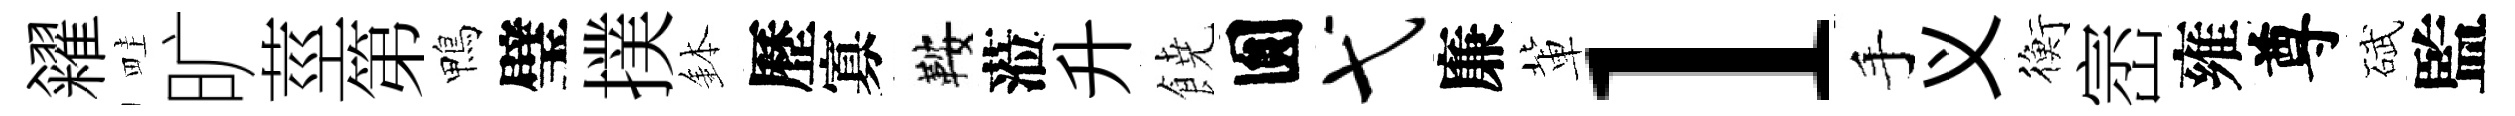
糴畦旷莖第鴨璧撲鉢歷寡鞍蒞升𩜙圎弋廉軰l手义衡崈雍尊碔監